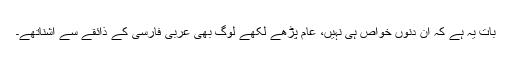
بات یہ ہے کہ اُن دنوں خواص ہی نہیں، عام پڑھے لکھے لوگ بھی عربی فارسی کے ذائقے سے آشناتھے۔